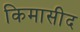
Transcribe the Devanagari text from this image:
किमासीद